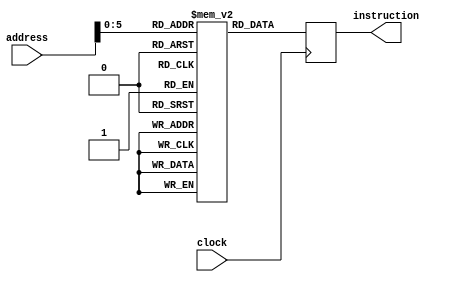
module InstMem(clock, address, instruction);
    input clock;
    input [31:0] address;
    
    output reg[31:0] instruction;
    
    reg [31:0] memory [63:0];
    
    integer i;
    initial begin
        for(i = 0; i < 64; i = i + 1) begin
            memory[i] = 32'b0;
        end
    end
    
    always @(posedge clock) begin
       instruction <= memory[address]; 
    end
endmodule

module InstMem_test;
    reg clock = 1;
    reg [31:0] address;
    
    wire [31:0] instruction;
    
    InstMem instMem(clock, address, instruction);
    
    always #10 clock = ~clock;
    
    initial begin
        address = 32'b0001;
        
        #20
        address = 32'b0010;
        
        #20
        address = 32'b1111;
    end
endmodule